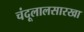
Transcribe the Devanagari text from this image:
चंदूलालसारखा